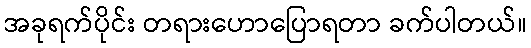
အခုရက်ပိုင်း တရားဟောပြောရတာ ခက်ပါတယ်။